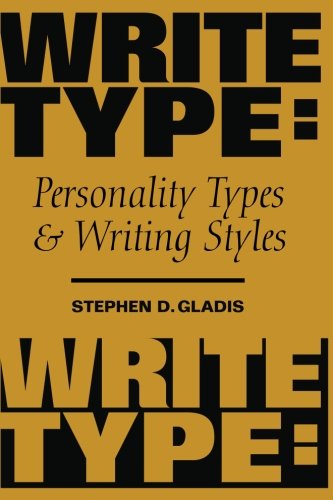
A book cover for WriteType: Personality Types and Writing Styles; Stephen D. Gladis Ph.D.; Self-Help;